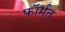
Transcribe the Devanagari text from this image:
फॉर्मत